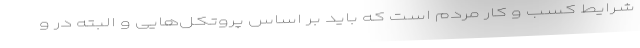
شرایط کسب و کار مردم است که باید بر اساس پروتکل‌هایی و البته در و